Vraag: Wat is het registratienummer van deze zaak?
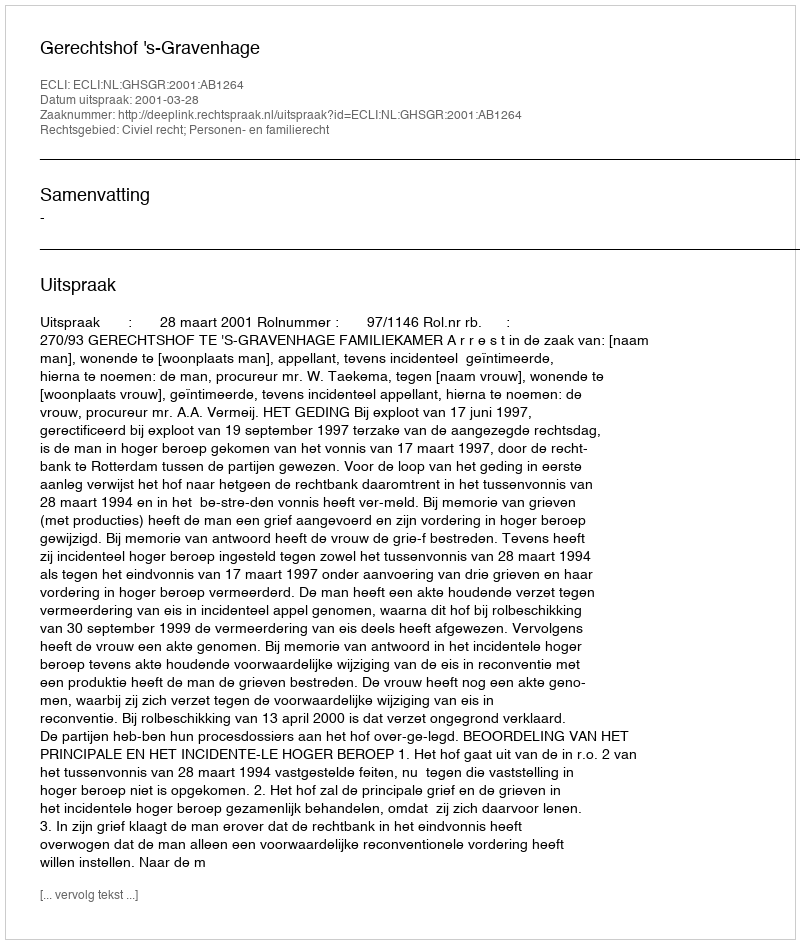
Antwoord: http://deeplink.rechtspraak.nl/uitspraak?id=ECLI:NL:GHSGR:2001:AB1264